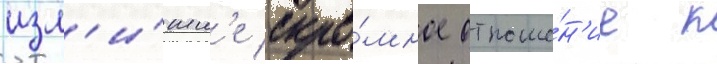
изл'и́шн'е скро́мное отноше́н'ие к